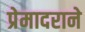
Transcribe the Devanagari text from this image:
प्रेमादराने